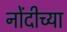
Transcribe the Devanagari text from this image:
नोंदीच्या